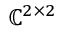
\mathbb { C } ^ { 2 \times 2 }